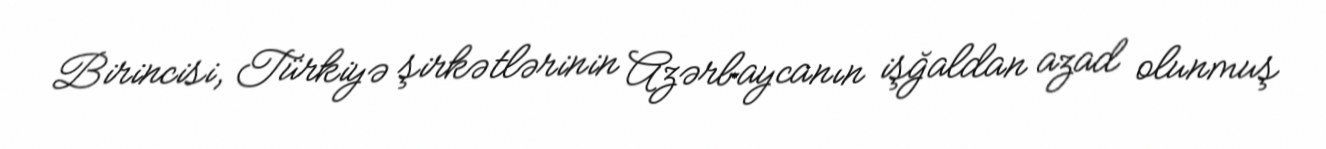
Birincisi, Türkiyə şirkətlərinin Azərbaycanın işğaldan azad olunmuş